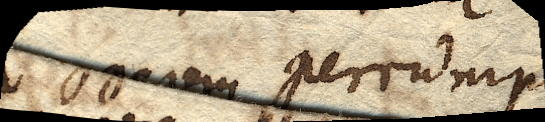
aggerem perrumpi,